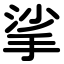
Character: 挲